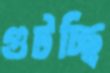
গুটচ্ছি